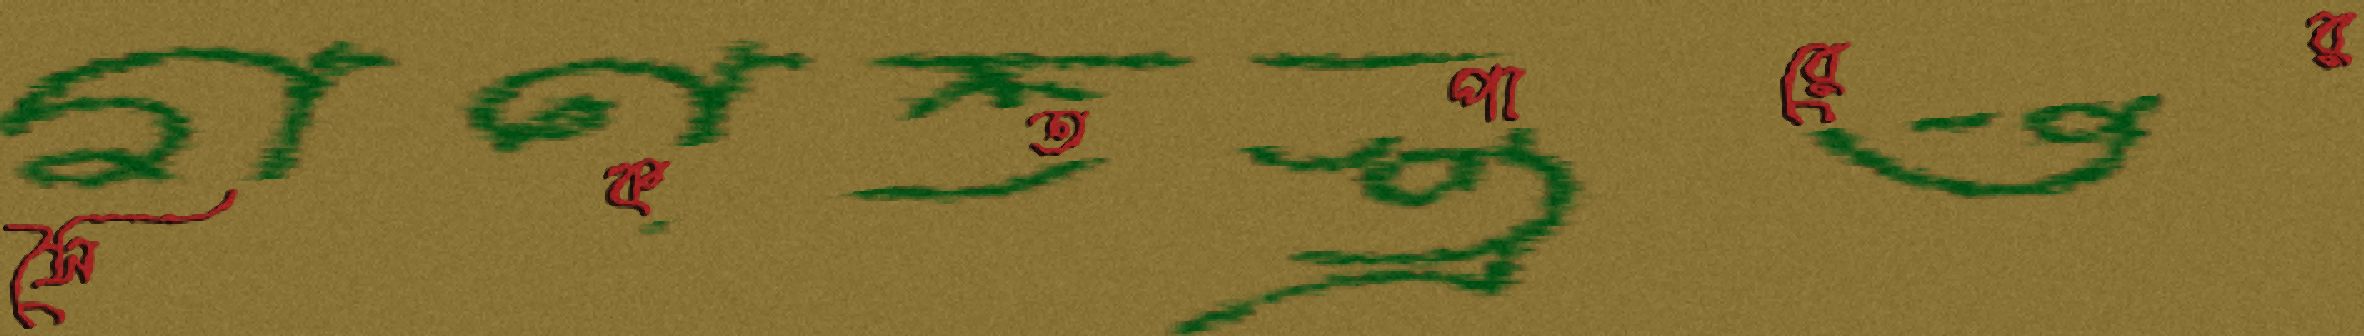
সৈকতপারের